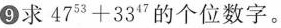
9求47^{53}+33^{47}的个位数字。